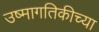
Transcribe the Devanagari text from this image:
उष्मागतिकीच्या